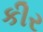
કીર